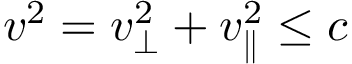
v ^ { 2 } = v _ { \bot } ^ { 2 } + v _ { \parallel } ^ { 2 } \leq c